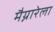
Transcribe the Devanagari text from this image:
मैग्नारेला